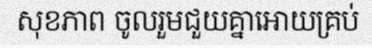
សុខភាព ចូលរួមជួយគ្នាអោយគ្រប់